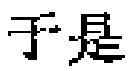
于是